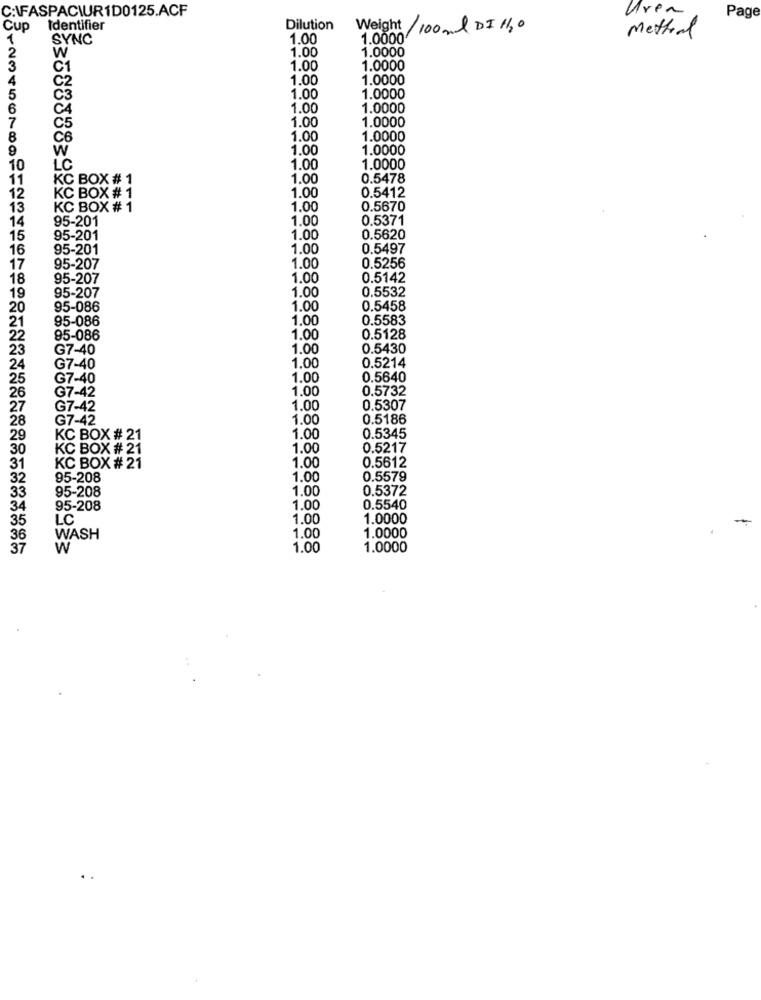
C:\FASPACIUR1D0125.ACF
Uren
Page
Cup
Identifier
Dilution
Weight
100ml DI 130
Method
SYNC
1.00
1.0000
1.00
1.0000
W
C1
1.00
1.0000
1.00
1.0000
5
1.00
1.0000
6
CA
1.00
1.0000
7
1.00
1.0000
C5
8
CB
1.00
1.0000
9
W
1.00
1.0000
10
LC
1.00
1.0000
11
KC BOX # 1
1.00
0.5478
0.5412
12
KC BOX # 1
1.00
13
KC BOX # 1
1.00
0.5670
14
95-201
1.00
0.5371
15
95-201
1.00
0.5620
16
95-201
1.00
0.5497
17
95-207
1.00
0.5256
18
95-207
1.00
0.5142
1.00
0.5532
19
95-207
20
95-086
1.00
0.5458
21
95-086
1,00
0.5583
22
95-086
1.00
0.5128
23
G7-40
1.00
0.5430
24
G7-40
1.00
0.5214
25
G7-40
1.00
0.5640
1.00
0.5732
26
G7-42
27
G7-42
1.00
0.5307
28
G7-42
1.00
0.5186
OOOO
29
KC BOX # 21
1.00
0.5345
30
KC BOX # 21
1.00
0.5217
0.5612
31
KC BOX # 21
1.00
95-208
1.00
0.5579
95-208
1.00
0.5372
34
95-208
1.00
0.5540
LC
1.00
1.0000
35
1.0000
WASH
1.00
37
W
1.00
1.0000